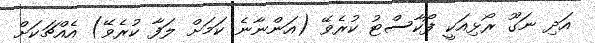
އަދި ނަގޫ ރޯޅިއަކީ ފޯކާސްޓު ކުރެވޭ (އަންނާނެ ކަމަށް ލަފާ ކުރެވޭ) އެއްޗަކަށް